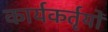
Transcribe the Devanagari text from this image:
कार्यकर्तृयों